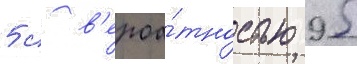
5 с в'ероа́тностью 95